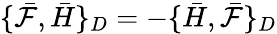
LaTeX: \{ \bar{\mathcal{F}},\bar{H}\} _{D}=-\{ \bar{H},\bar{\mathcal{F}}\} _{D}